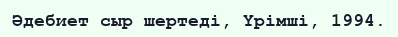
Әдебиет сыр шертеді, Үрімші, 1994.